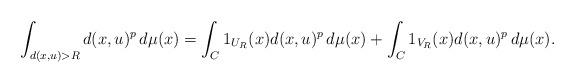
LaTeX: \begin{align*}\int_{d(x,u)>R}d(x,u)^p\,d\mu(x)=\int_C1_{U_R}(x)d(x,u)^p\,d\mu(x)+\int_C1_{V_R}(x)d(x,u)^p\,d\mu(x).\end{align*}